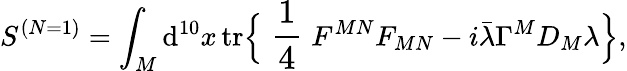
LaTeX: S^{(N=1)}=\int_{M}\mathrm{d}^{10}x\, \mathrm{{tr}}\Bigr\{ \mathrm{{\large~\frac{{1}}{{4}}~}}F^{MN}F_{MN}-i\bar{{\lambda}}\Gamma^{M}D_{M}\lambda\Bigr\} ,